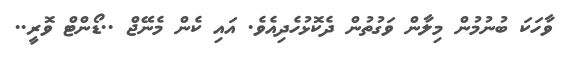
ވާހަކަ ބުނުމުން މިލާން ވަގުތުން ދެކޮޅުހެދިއެވެ. އައި ކެން މެނޭޖް ..ޑޯންޓް ވޮރީ..